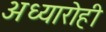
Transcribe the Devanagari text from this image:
अध्यारोही